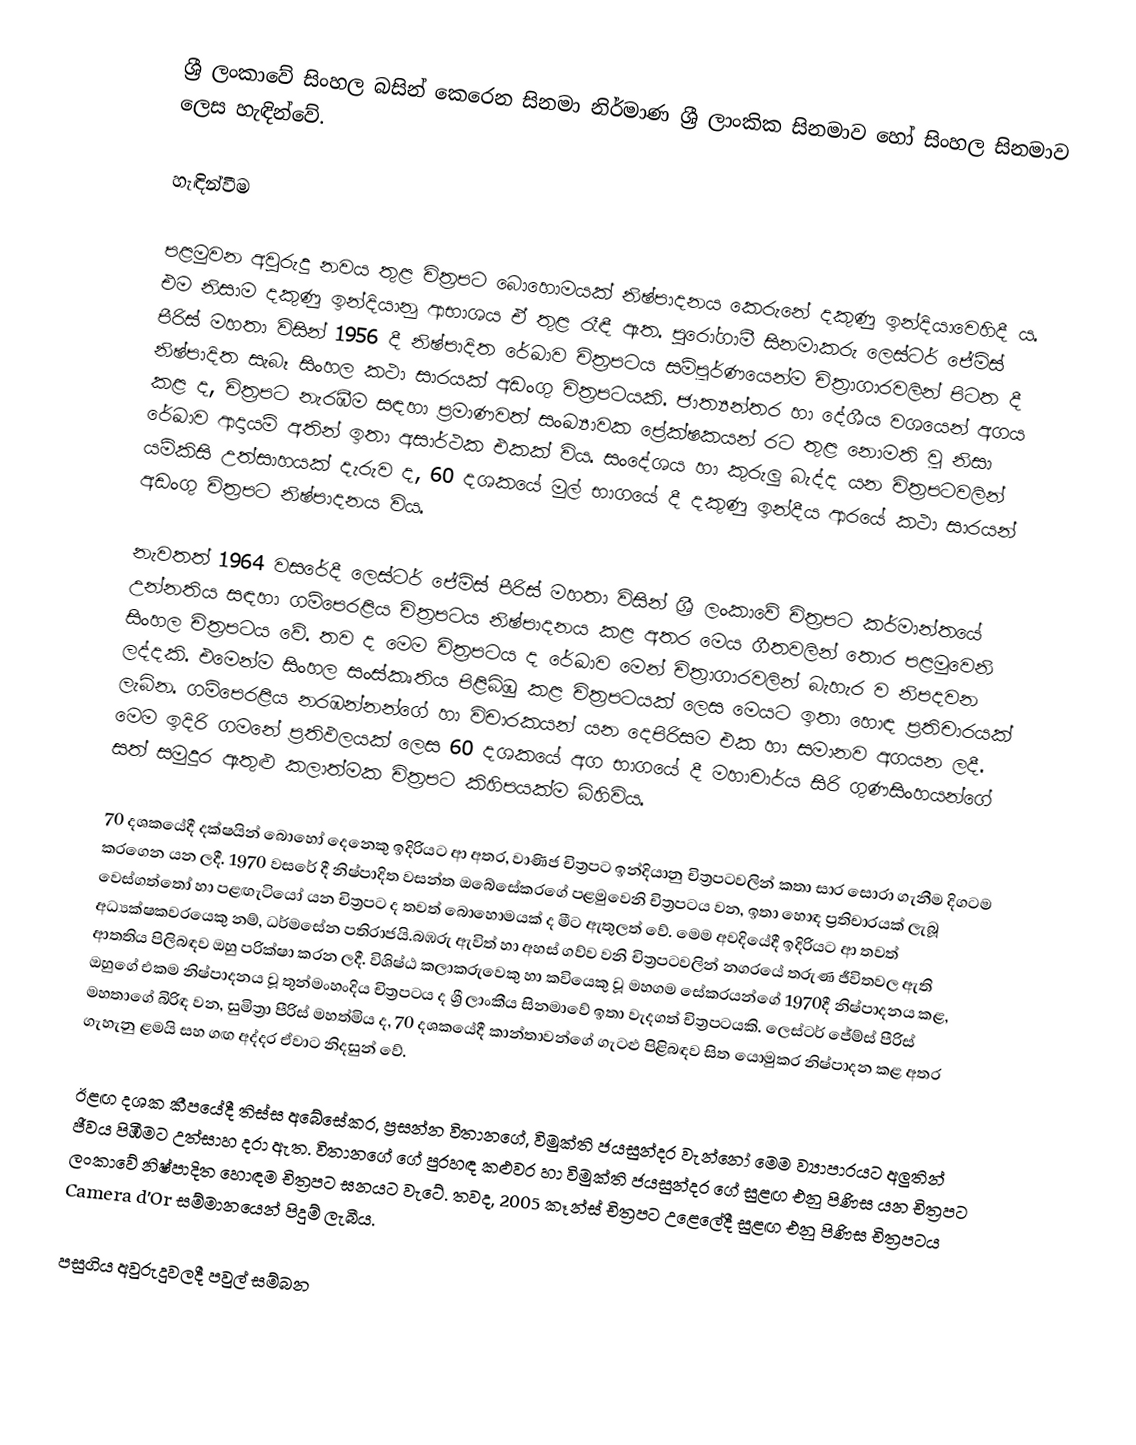
ශ්‍රී ලංකාවේ සිංහල බසින් කෙරෙන සිනමා නිර්මාණ ශ්‍රී ලාංකික සිනමාව හෝ සිංහල සිනමාව ලෙස හැඳින්වේ.

හැඳින්වීම

පළමුවන අවුරුදු නවය තුළ චිත්‍රපට බොහොමයක් නිෂ්පාදනය කෙරුනේ දකුණු ඉන්දියාවෙහිදී ය. එම නිසාම දකුණු ඉන්දියානු ආභාශය ඒ තුළ රෑඳී ඇත. පුරෝගාමී සිනමාකරු ලෙස්ටර් ජේම්ස් පීරිස් මහතා විසින් 1956 දී නිෂ්පාදිත රේඛාව චිත්‍රපටය සම්පූර්ණයෙන්ම චිත්‍රාගාරවලින් පිටත දී නිෂ්පාදිත සැබෑ සිංහල කථා සාරයක් අඩංගු චිත්‍රපටයකි. ජාත්‍යන්තර හා දේශීය වශයෙන් අගය කළ ද, චිත්‍රපට නැරඹීම සඳහා ප්‍රමාණවත් සංඛ්‍යාවක ප්‍රේක්ෂකයන් රට තුළ නොමති වූ නිසා රේඛාව ආදායම් අතින් ඉතා අසාර්ථක එකක් විය. සංදේශය හා කුරුලු බැද්ද යන චිත්‍රපටවලින් යම්කිසි උත්සාහයක් දැරුව ද, 60 දශකයේ මුල් භාගයේ දී දකුණු ඉන්දීය ආරයේ කථා සාරයන් අඩංගු චිත්‍රපට නිෂ්පාදනය විය.

නැවතත් 1964 වසරේදී ලෙස්ටර් ජේම්ස් පීරිස් මහතා විසින් ශ්‍රී ලංකාවේ චිත්‍රපට කර්මාන්තයේ උන්නතිය සඳහා ගම්පෙරළිය චිත්‍රපටය නිෂ්පාදනය කළ අතර මෙය ගීතවලින් තොර පළමුවෙනි සිංහල චිත්‍රපටය වේ. තව ද මෙම චිත්‍රපටය ද රේඛාව මෙන් චිත්‍රාගාරවලින් බැහැර ව නිපදවන ලද්දකි. එමෙන්ම සිංහල සංස්කෘතිය පිළිබිඹු කළ චිත්‍රපටයක් ලෙස මෙයට ඉතා හොඳ ප්‍රතිචාරයක් ලැබින. ගම්පෙරළිය නරඹන්නන්ගේ හා විචාරකයන් යන දෙපිරිසම එක හා සමානව අගයන ලදී. මෙම ඉදිරි ගමනේ ප්‍රතිඵලයක් ලෙස 60 දශකයේ අග භාගයේ දී මහාචාර්ය සිරි ගුණසිංහයන්ගේ සත් සමුදුර ඇතුළු කලාත්මක චිත්‍රපට කිහිපයක්ම බිහිවිය.

70 දශකයේදී දක්ෂයින් බොහෝ දෙනෙකු ඉදිරියට ආ අතර, වාණිජ චිත්‍රපට ඉන්දියානු චිත්‍රපටවලින් කතා සාර සොරා ගැනීම දිගටම කරගෙන යන ලදී. 1970 වසරේ දී නිෂ්පාදිත වසන්ත ඔබේසේකරගේ පළමුවෙනි චිත්‍රපටය වන, ඉතා හොඳ ප්‍රතිචාරයක් ලැබූ වෙස්ගත්තෝ හා පළඟැටියෝ යන චිත්‍රපට ද තවත් බොහොමයක් ද මීට ඇතුලත් වේ. මෙම අවදියේදී ඉදිරියට ආ තවත් අධ්‍යක්ෂකවරයෙකු නම්, ධර්මසේන පතිරාජයි.බඹරු ඇවිත් හා අහස් ගව්ව වනි චිත්‍රපටවලින් නගරයේ තරුණ ජීවිතවල ඇති ආතතිය පිලිබඳව ඔහු පරික්ෂා කරන ලදී. විශිෂ්ඨ කලාකරුවෙකු හා කවියෙකු වූ මහගම සේකරයන්ගේ 1970දී නිෂ්පාදනය කළ, ඔහුගේ එකම නිෂ්පාදනය වූ තුන්මංහංදිය චිත්‍රපටය ද ශ්‍රී ලාංකීය සිනමාවේ ඉතා වැදගත් චිත්‍රපටයකි. ලෙස්ටර් ජේම්ස් පීරිස් මහතාගේ බිරිඳ වන, සුමිත්‍රා පීරිස් මහත්මිය ද, 70 දශකයේදී කාන්තාවන්ගේ ගැටළු පිළිබඳව සිත යොමුකර නිෂ්පාදන කළ අතර ගැහැනු ළමයි සහ ගඟ අද්දර ඒවාට නිදසුන් වේ.

ඊළඟ දශක කීපයේදී තිස්ස අබේසේකර, ප්‍රසන්න විතානගේ, විමුක්ති ජයසුන්දර වැන්නෝ මෙම ව්‍යාපාරයට අලුතින් ජීවය පිඹීමට උත්සාහ දරා ඇත. විතානගේ ගේ පුරහඳ කළුවර හා විමුක්ති ජයසුන්දර ගේ සුළඟ එනු පිණිස යන චිත්‍රපට ලංකාවේ නිෂ්පාදිත හොඳම චිත්‍රපට ඝනයට වැටේ. තවද, 2005 කෑන්ස් චිත්‍රපට උළෙලේදී සුළඟ එනු පිණිස චිත්‍රපටය  Camera d'Or සම්මානයෙන් පිදුම් ලැබීය.

පසුගිය අවුරුදුවලදී පවුල් සම්බන